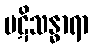
ပဋိသန္ဓာရာ